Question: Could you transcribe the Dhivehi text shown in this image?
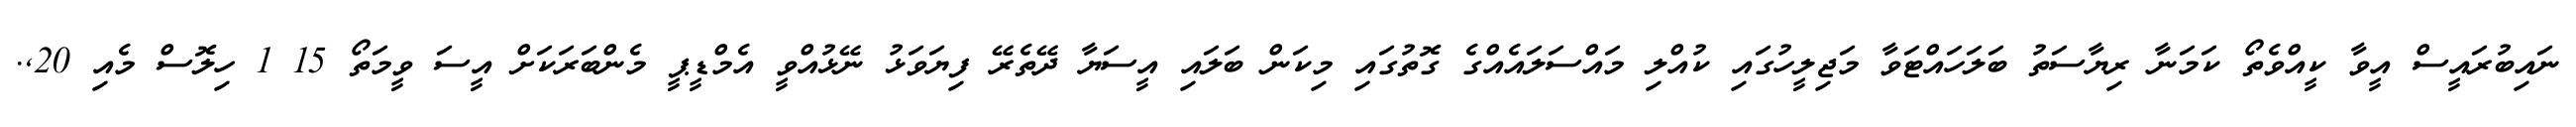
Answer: ނައިބުރައީސް އީވާ ކީއްވެތޯ ކަމަނާ ރިޔާސަތު ބަލަހައްޓަވާ މަޖިލީހުގައި ކުއްލި މައްސަލައެއްގެ ގޮތުގައި މިކަން ބަލައި އީސަޔާ ދޭތެރޭ ފިޔަވަޅު ނޭޅުއްވީ އެމްޑީޕީ މެންބަރަކަށް އީސަ ވީމަތޯ 15 1 ހިލޮސް މެއި 20,.